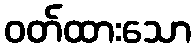
ဝတ်ထားသော